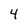
Character: 4